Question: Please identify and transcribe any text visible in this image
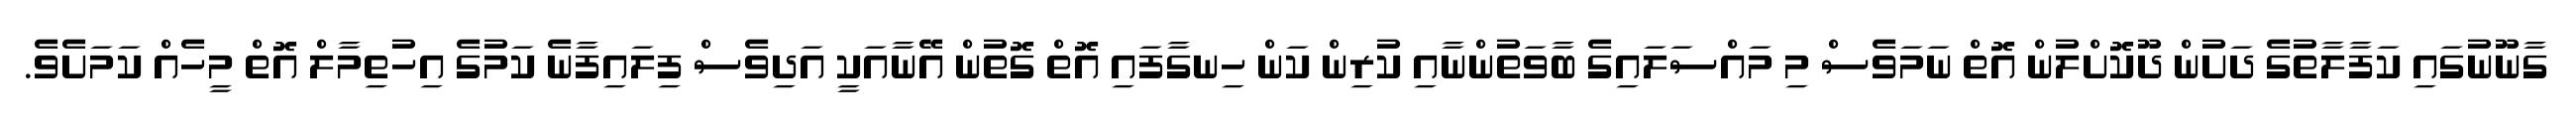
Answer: ގާނޫނުގައި ކަފާލާތުގެ ދަށުން ދޫކޮށްލުން އޮތް ނަމަވެސް މި މައްސަލައިގެ ބާވަތުންނާއި ކުރިން ކަން ހިނގާފައި އޮތް ގޮތުން އޭނާއަކީ އަދިވެސް ފިލައިފާނެ ކަމުގެ އިހުތިމާލް އޮތް މީހެއް ކަމަށެވެ.